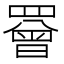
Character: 罾